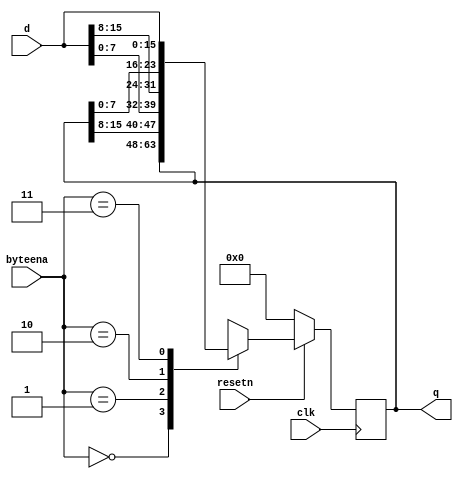
// Exercise 3-2-1-6: DFF With Byte Enable
module DFF_ByteEn (
    input clk,
    input resetn,
    input [1:0] byteena,
    input [15:0] d,
    output [15:0] q
);
    reg [15:0] q_r, d_r;
    assign q = q_r;

    // seq
    always @(posedge clk) begin
        if (!resetn) 
            q_r <= 0;
        else 
            q_r <= d_r;  
    end

    // comb
    always @(*) begin
        case (byteena)
            2'b00: d_r = q_r;
            2'b01: d_r = {q_r[15:8],d[7:0]};
            2'b10: d_r = {d[15:8],q_r[7:0]};
            2'b11: d_r = d;
        endcase
    end
endmodule